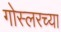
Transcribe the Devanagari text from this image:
गोस्लरच्या